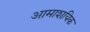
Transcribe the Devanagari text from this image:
आमाशयिक